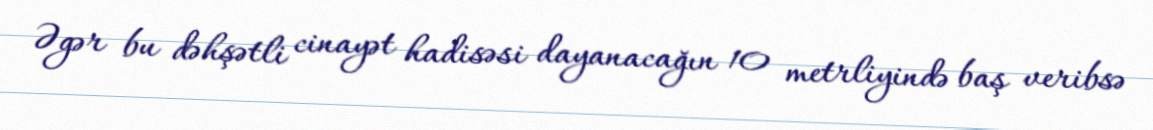
Əgər bu dəhşətli cinayət hadisəsi dayanacağın 10 metrliyində baş veribsə